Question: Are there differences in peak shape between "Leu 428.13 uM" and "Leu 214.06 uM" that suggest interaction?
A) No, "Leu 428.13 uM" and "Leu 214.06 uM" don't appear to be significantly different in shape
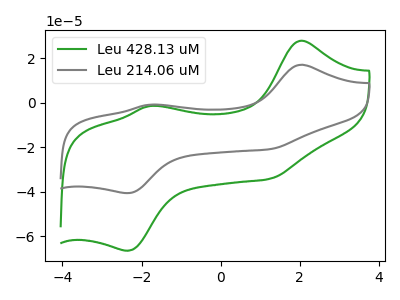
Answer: <think>The green curve "Leu 428.13 uM" has anodic peaks at (2.05V, 27.75uA) (-1.80V, -1.55uA) and cathodic peaks at (1.25V, -34.25uA) (-2.35V, -66.55uA). The gray curve "Leu 214.06 uM" has anodic peaks at (2.05V, 16.95uA) (-1.80V, -0.95uA) and cathodic peaks at (1.25V, -20.95uA) (-2.35V, -40.65uA).
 All the peaks in "Leu 428.13 uM" have a peak in "Leu 214.06 uM" at the same potential.</think>
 <answer>A) No, "Leu 428.13 uM" and "Leu 214.06 uM" don't appear to be significantly different in shape</answer>
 <eval>A</eval>